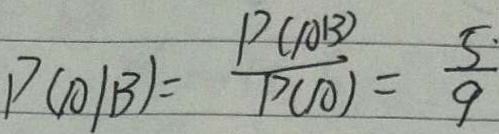
P ( A / B ) = \frac { P ( A B ) } { P ( A ) } = \frac { 5 \cdot } { 9 }